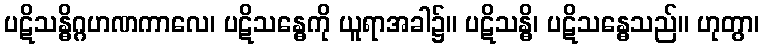
ပဋိသန္ဓိဂ္ဂဟဏကာလေ၊ ပဋိသန္ဓေကို ယူရာအခါ၌။ ပဋိသန္ဓိ၊ ပဋိသန္ဓေသည်။ ဟုတွာ၊